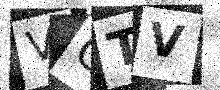
Text: VGTV